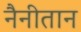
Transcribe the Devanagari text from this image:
नैनीतान